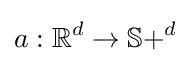
a:\mathbb {R} ^{d}\to \mathbb {S} +^{d}